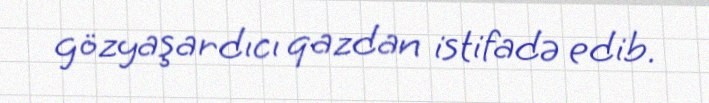
gözyaşardıcı qazdan istifadə edib.